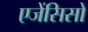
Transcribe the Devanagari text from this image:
एजेंसिसों